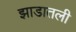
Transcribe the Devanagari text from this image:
झाडातली